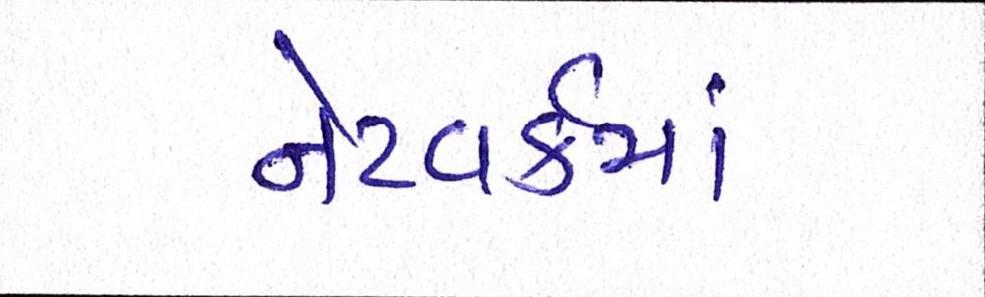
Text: નેટવર્કમાં